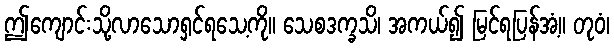
ဤကျောင်းသို့လာသောရှင်ရသေ့ကို။ သေစဒက္ခသိ၊ အကယ်၍ မြင်ရပြန်အံ့။ တုဝံ၊